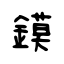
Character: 鏌